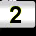
Digit: 2